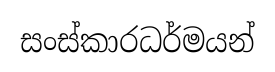
සංස්කාරධර්මයන්